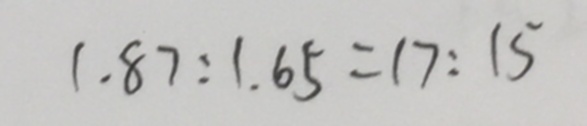
1 . 8 7 : 1 . 6 5 = 1 7 : 1 5